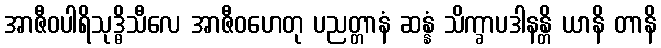
အာဇီဝပါရိသုဒ္ဓိသီလေ အာဇီဝဟေတု ပညတ္တာနံ ဆန္နံ သိက္ခာပဒါနန္တိ ယာနိ တာနိ